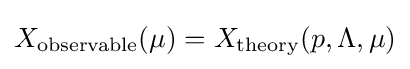
X_{\rm {observable}}(\mu )=X_{\rm {theory}}(p,\Lambda ,\mu )